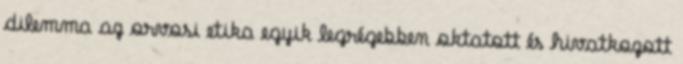
dilemma az orvosi etika egyik legrégebben oktatott és hivatkozott